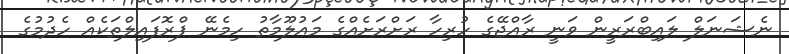
ނެޝަނަލް ލައިބްރަރީން ވަނީ ރާއްޖޭގެ ހުރިހާ ރަށްރަށެއްގެ މައުލޫމާތު ހިމެނޭ ޕްރޮފައިލްތަކެއް ހެދުމުގެ